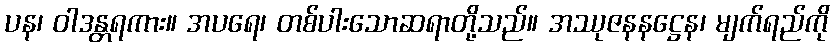
ပန၊ ဝါဒန္တရကား။ အပရေ၊ တစ်ပါးသောဆရာတို့သည်။ အဿုဇနနဋ္ဌေန၊ မျက်ရည်ကို